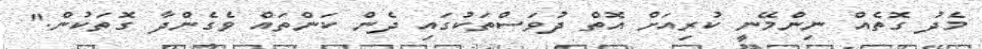
މެދު ގޮތެއް ނިންމޭނީ ކުރިއަށް އޮތް ދުވަސްތަކުގައި ދެން ކަންތައް ވެގެންދާ ގޮތަކުން."